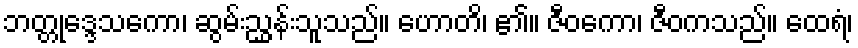
ဘတ္တုဒ္ဒေသကော၊ ဆွမ်းညွှန်းသူသည်။ ဟောတိ၊ ၏။ ဇီဝကော၊ ဇီဝကသည်။ ထေရံ၊